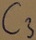
Text: C3